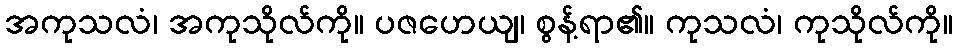
အကုသလံ၊ အကုသိုလ်ကို။ ပဇဟေယျ၊ စွန့်ရာ၏။ ကုသလံ၊ ကုသိုလ်ကို။